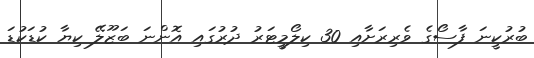
ބުރުކީނަ ފާސޯގެ ވެރިރަށާއި 30 ކިލޯމީޓަރު ދުރުގައި އޮންނަ ބަޒޫލޭ ކިޔާ ކުޑަކުޑަ